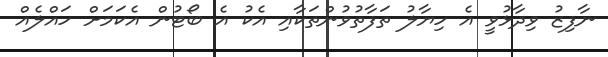
ނާފިޒު ވިދާޅުވީ އެ ހިޔާލު ތަފާތުވުންތަކާއި އެކު އެ ބޯޓުން އެކަމަށް ހައްލެއް